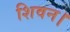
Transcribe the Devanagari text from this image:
शिवन।